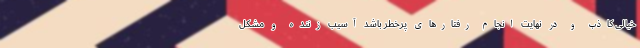
خیالی کاذب و در نهایت انجام رفتارهای پرخطر باشد آسیب زننده و مشکل